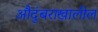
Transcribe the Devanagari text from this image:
औदुंबराखालील